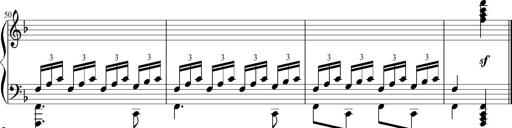
Title: 12 Sonatinas for Piano
Composer: Johann Baptist Vanhal